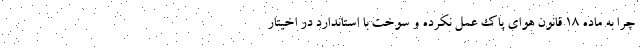
چرا به ماده ۱۸ قانون هوای پاک عمل نکرده و سوخت با استاندارد در اخیتار